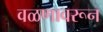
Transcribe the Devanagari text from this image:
वळणावरून